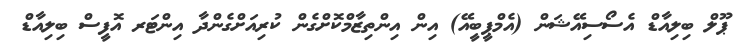
ޕޫލް ބިލިއާޑް އެސޯސިއޭޝަން (އެމްޕީބީއޭ) އިން އިންތިޒާމްކޮށްގެން ކުރިއަށްގެންދާ އިންޓަރ އޮފީސް ބިލިއާޑް